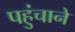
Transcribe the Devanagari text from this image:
पहुुंचाने